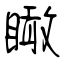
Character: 瞰